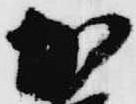
加